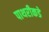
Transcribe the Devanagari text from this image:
पाथरीकडे